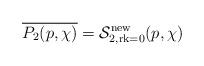
LaTeX: \begin{align*}\overline{P_2(p,\chi)}=\mathcal{S}^{\mathrm{new}}_{2,\mathrm{rk}=0}(p, \chi)\end{align*}